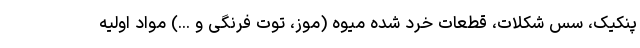
پنکیک، سس شکلات، قطعات خرد شده میوه (موز، توت فرنگی و ...) مواد اولیه